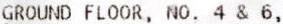
GROUND FLOOR, NO. 4 & 6,